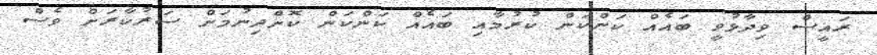
ރައީސް ވިދާޅުވީ ބައެއް ކަންކަން ކުރުމާއި ބައެއް ކަންކަން ކޮށްދިނުމަށް ސަރުކާރަށް ވެސް